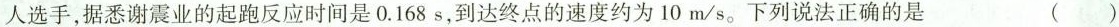
人选手，据悉谢震业的起跑反应时间是0.168s，到达终点的速度约为10m/s。下列说法正确的是 ( )